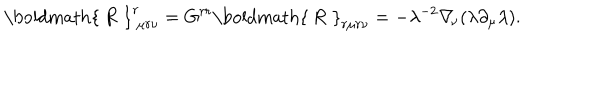
\mathrm { \boldmath { ~ R ~ } } _ { \ \mu r \nu } ^ { r } = G ^ { r r } \mathrm { \boldmath { ~ R ~ } } _ { r \mu r \nu } = - \lambda ^ { - 2 } \nabla _ { \! \nu } ( \lambda \partial _ { \mu } \lambda ) .